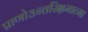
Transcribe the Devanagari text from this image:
प्राणो३न्तरिक्षमात्मा